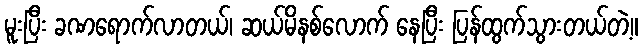
မူးပြီး ခဏရောက်လာတယ်၊ ဆယ်မိနစ်လောက် နေပြီး ပြန်ထွက်သွားတယ်တဲ့။